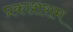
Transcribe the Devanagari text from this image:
प्रकाशराम